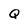
Character: Q